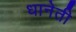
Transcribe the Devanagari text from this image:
धानेती